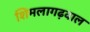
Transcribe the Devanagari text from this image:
शिमलागढ़वाल